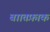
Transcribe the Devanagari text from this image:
बाातफ़ाक